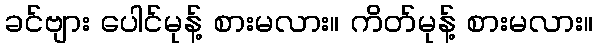
ခင်ဗျား ပေါင်မုန့် စားမလား။ ကိတ်မုန့် စားမလား။